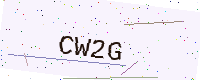
Text: CW2G